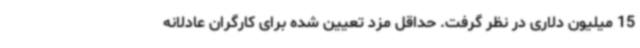
15 میلیون دلاری در نظر گرفت. حداقل مزد تعیین شده برای کارگران عادلانه